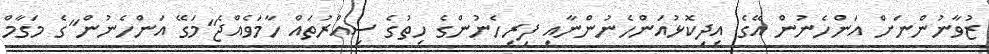
ޒުވާނުންނަށް އަންހެނުން އޭގެ އިދިކޮޅުއަންހެނުންނާއި ފިރިހެނުންގެ ހިތުގެ ސިއްރުތައް ހާމަވެއްޖެ"މަގޭ އަންހެނުން"ގެ މަގާމް